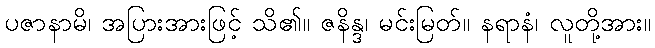
ပဇာနာမိ၊ အပြားအားဖြင့် သိ၏။ ဇနိန္ဒ၊ မင်းမြတ်။ နရာနံ၊ လူတို့အား။